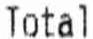
TOTAL